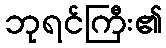
ဘုရင်ကြီး၏